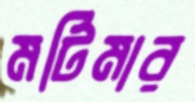
মর্টিমার